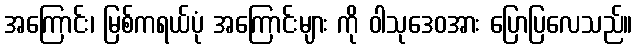
အကြောင်း၊ မြစ်ကရယ်ပုံ အကြောင်းများ ကို ဝါသုဒေဝအား ပြောပြလေသည်။